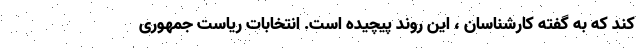
کند که به گفته کارشناسان ، این روند پیچیده است. انتخابات ریاست جمهوری